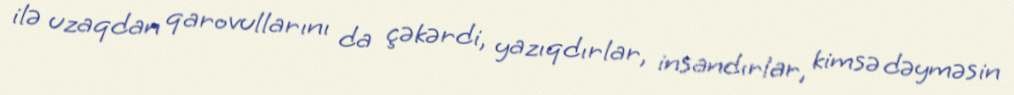
ilə uzaqdan qarovullarını da çəkərdi, yazıqdırlar, insandırlar, kimsə dəyməsin